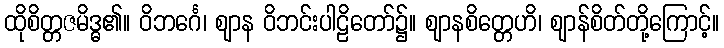
ထိုစိတ္တဇမိဒ္ဓ၏။ ဝိဘင်္ဂေ၊ ဈာန ဝိဘင်းပါဠိတော်၌။ ဈာနစိတ္တေဟိ၊ ဈာန်စိတ်တို့ကြောင့်။